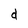
Character: d